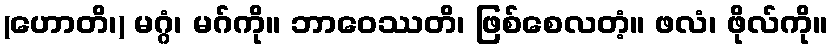
(ဟောတိ၊) မဂ္ဂံ၊ မဂ်ကို။ ဘာဝေဿတိ၊ ဖြစ်စေလတံ့။ ဖလံ၊ ဖိုလ်ကို။